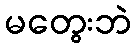
မတွေးဘဲ